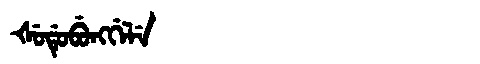
Manchu: ᡧᡠᡩᡠᠪᡠᠩᡤᡝᠯᡝ
Romanization: ŠUDUBUNGGELE